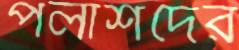
পলাশদের